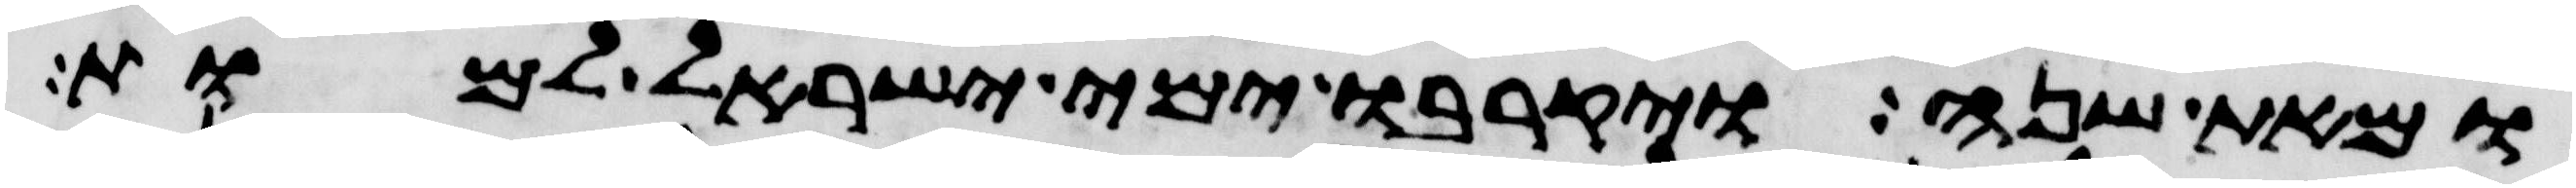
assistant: ומאת שנה ויקרבו ימי ישראל למות